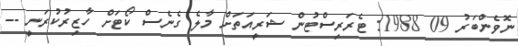
ނޮވެންބަރު 09 1988: ޓެރަރިސްޓުން ޝަރީއަތަށް މާލެ ގެނެސް ކޯޓަށް ހާޒިރުކުރަނީ --